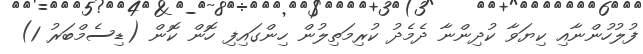
ފުލުހުންނާއި ކިޔަވާ ކުދިންނާ ދެމެދު ކުރިމަތިލުން ހިންގައިފި ހޮން ކޮން (ޑިސެމްބަރު 1)